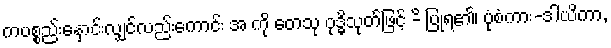
ကပစ္စည်းနှောင်းလျှင်လည်းကောင်း အ ကို တေသု ဝုဒ္ဓိသုတ်ဖြင့် -ိ ပြုရ၏၊ ပုံစံကား-ဒါယိကာ,